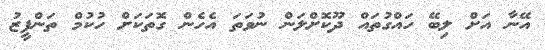
އޭނާ އަށް ލިބޭ ހައްގުތައް ދޫކޮށްލަން ނުވަތަ އެހެން ގޮތަކަށް ހުކުމް ތަންފީޒު